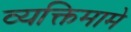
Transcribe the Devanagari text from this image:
व्यक्तिमामे